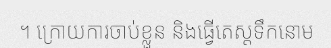
។ ក្រោយការចាប់ខ្លួន និងធ្វើតេស្តទឹកនោម